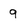
Character: 9